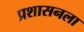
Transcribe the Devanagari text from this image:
प्रशासनला